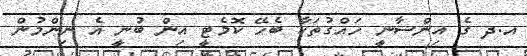
އ.ދ ގެ އިންސާނީ ހައްގުތަކާ ބެހޭ ކޮމެޓީ އިން ބުނީ އެ ނިންމުން